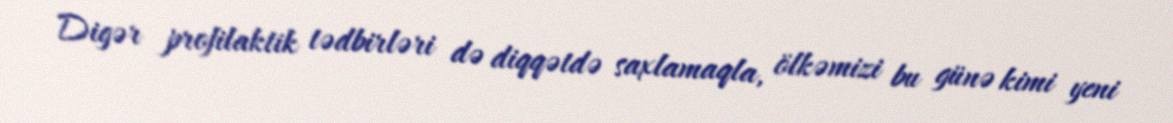
Digər profilaktik tədbirləri də diqqətdə saxlamaqla, ölkəmizi bu günə kimi yeni